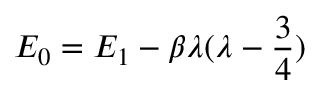
E _ { 0 } = E _ { 1 } - \beta \lambda ( \lambda - \frac { 3 } { 4 } )